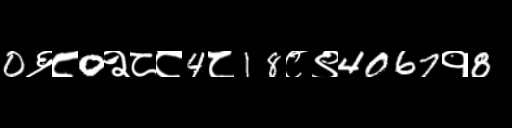
Text: 0६८0२८८4८18८९4067१8